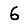
Digit: 6